Madras plague regulations in force outside the Presidency town - Volume 6
Disease focus: Plague
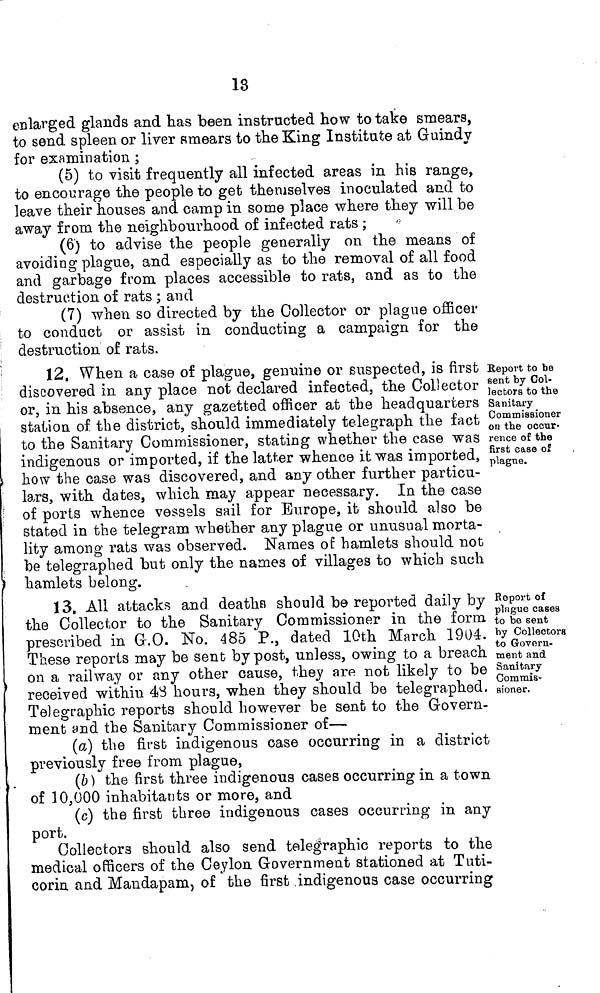
13
enlarged glands and has been instructed how to take smears,
to send spleen or liver smears to the King Institute at Guindy
for examination ;
(5) to visit frequently all infected areas in his range,
to encourage the people to get themselves inoculated and to
leave their houses and camp in some place where they will be
away from the neighbourhood of infected rats ;
(6) to advise the people generally on the means of
avoiding plague, and especially as to the removal of all food
and garbage from places accessible to rats, and as to the
destruction of rats ; and
(7) when so directed by the Collector or plague officer
to conduct or assist in conducting a campaign for the
destruction of rats.
12. When a case of plague, genuine or suspected, is first
discovered in any place not declared infected, the Collector
or, in his absence, any gazetted officer at the headquarters
station of the district, should immediately telegraph the fact
to the Sanitary Commissioner, stating whether the case was
indigenous or imported, if the latter whence it was imported,
ho\v the case was discovered, and any other further particu-
lars, with dates, which may appear necessary. In the case
of ports whence vessels sail for Europe, it should also be
stated in the telegram whether any plague or unusual morta-
lity among rats was observed. Names of hamlets should not
be telegraphed but only the names of villages to which such
hamlets belong.
Report to be
sent by Col-
lectors to the
Sanitary
Commissioner
on the occur-
rence of the
first case of
plague.
13. All attacks and deaths should be reported daily by
the Collector to the Sanitary Commissioner in the form
prescribed in G.O. No. 485 P., dated 10th March 1904.
These reports may be sent by post, unless, owing to a breach
on a railway or any other cause, they are not likely to be
received within 43 hours, when they should be telegraphed.
Telegraphic reports should however be sent to the Govern-
ment and the Sanitary Commissioner of—
Report of
plague cases
to be sent
by Collectors
to Govern-
ment and
Sanitary
Commis-
sioner.
(a) the first indigenous case occurring in a district
previously free from plague,
(b) the first three indigenous cases occurring in a town
of 10,000 inhabitants or more, and
(c) the first three indigenous cases occurring in any
port.
Collectors should also send telegraphic reports to the
medical officers of the Ceylon Government stationed at Tuti-
corin and Mandapam, of the first indigenous case occurring